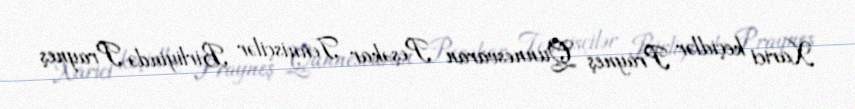
Xarici keçidlər Prayneş Qunnesvaran Peşəkar Tennisçilər Birliyində Prayneş